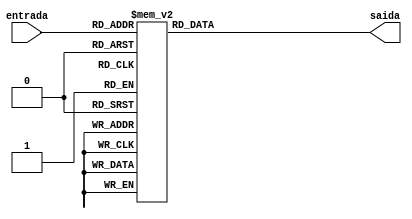
module Display7Segmentos(entrada,saida);
	// entrada: W[3]-X[2]-Y[1]-Z[0]
	// saida: a[6]-b[5]-c[4]-d[3]-e[2]-f[1]-g[0]
	input [3:0] entrada;
	output [6:0] saida;
	reg [6:0] saida;

	always@(entrada)
	begin
		case(entrada)
			4'b0000: begin saida = ~ 7'b1111110; end
			4'b0001: begin saida = ~ 7'b0110000; end
			4'b0010: begin saida = ~ 7'b1101101; end
			4'b0011: begin saida = ~ 7'b1111001; end
			4'b0100: begin saida = ~ 7'b0110011; end
			4'b0101: begin saida = ~ 7'b1011011; end
			4'b0110: begin saida = ~ 7'b1011111; end
			4'b0111: begin saida = ~ 7'b1110000; end
			4'b1000: begin saida = ~ 7'b1111111; end
			4'b1001: begin saida = ~ 7'b1111011; end
			default: begin saida = ~ 7'b0000000; end
		endcase
	end
endmodule